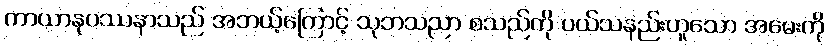
ကာယာနုပဿနာသည် အဘယ့်ကြောင့် သုဘသညာ စသည်ကို ပယ်သနည်းဟူသော အမေးကို